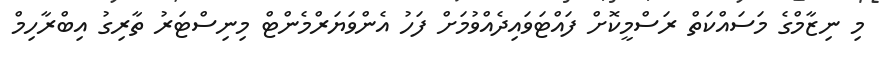
މި ނިޒާމްގެ މަސައްކަތް ރަސްމީކޮށް ފައްޓަވައިދެއްވުމަށް ފަހު އެންވަޔަރްމެންޓް މިނިސްޓަރު ތާރިގު އިބްރާހިމް